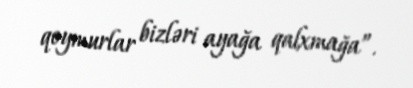
qoymurlar bizləri ayağa qalxmağa”.